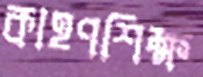
কাহণশিক্ষ